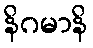
နိဂမာနိ